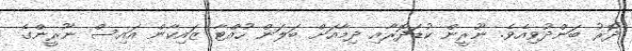
ދޮރު ބަންދުވިއެވެ. ނޫރީން ކުޑަދޮރާއި ދިމާއަށް ބަލަން ހުއްޓާ ޒައިކާން އައިސް ނޫރީންގެ